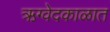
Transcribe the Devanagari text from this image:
ऋग्वेदकाळात